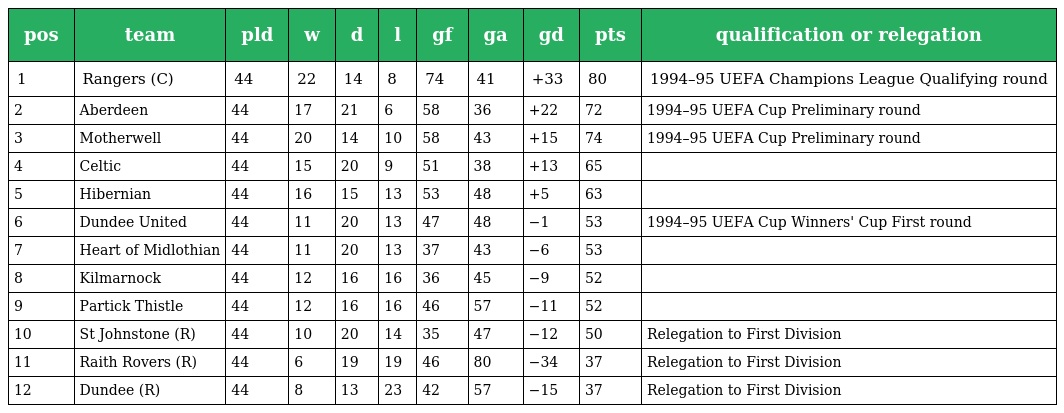
| pos | team | pld | w | d | l | gf | ga | gd | pts | qualification or relegation |
 | --- | --- | --- | --- | --- | --- | --- | --- | --- | --- | --- |
 | 1 | Rangers (C) | 44 | 22 | 14 | 8 | 74 | 41 | +33 | 80 | 1994–95 UEFA Champions League Qualifying round |
 | 2 | Aberdeen | 44 | 17 | 21 | 6 | 58 | 36 | +22 | 72 | 1994–95 UEFA Cup Preliminary round |
 | 3 | Motherwell | 44 | 20 | 14 | 10 | 58 | 43 | +15 | 74 | 1994–95 UEFA Cup Preliminary round |
 | 4 | Celtic | 44 | 15 | 20 | 9 | 51 | 38 | +13 | 65 |  |
 | 5 | Hibernian | 44 | 16 | 15 | 13 | 53 | 48 | +5 | 63 |  |
 | 6 | Dundee United | 44 | 11 | 20 | 13 | 47 | 48 | −1 | 53 | 1994–95 UEFA Cup Winners' Cup First round |
 | 7 | Heart of Midlothian | 44 | 11 | 20 | 13 | 37 | 43 | −6 | 53 |  |
 | 8 | Kilmarnock | 44 | 12 | 16 | 16 | 36 | 45 | −9 | 52 |  |
 | 9 | Partick Thistle | 44 | 12 | 16 | 16 | 46 | 57 | −11 | 52 |  |
 | 10 | St Johnstone (R) | 44 | 10 | 20 | 14 | 35 | 47 | −12 | 50 | Relegation to First Division |
 | 11 | Raith Rovers (R) | 44 | 6 | 19 | 19 | 46 | 80 | −34 | 37 | Relegation to First Division |
 | 12 | Dundee (R) | 44 | 8 | 13 | 23 | 42 | 57 | −15 | 37 | Relegation to First Division |